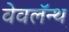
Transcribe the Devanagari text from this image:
वेवलॅन्थ़